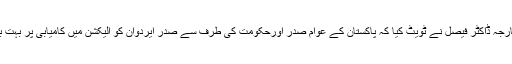
ترجمان دفتر خارجہ ڈاکٹر فیصل نے ٹویٹ کیا کہ پاکستان کے عوام صدر اورحکومت کی طرف سے صدر ایردوان کو الیکشن میں کامیابی پر بہت بہت مبارک باد۔